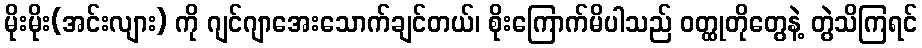
မိုးမိုး(အင်းလျား) ကို ဂျင်ဂျာအေးသောက်ချင်တယ်၊ စိုးကြောက်မိပါသည် ဝတ္ထုတိုတွေနဲ့ တွဲသိကြရင်